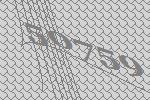
50759